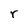
Character: r